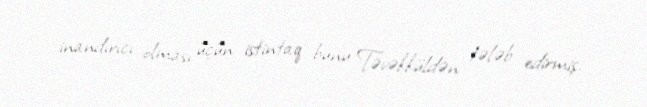
inandırıcı olması üçün istintaq bunu Təvəkküldən tələb edirmiş.